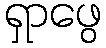
ရှာဖွေ